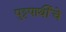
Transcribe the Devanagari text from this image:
पुट्टपार्थीचे